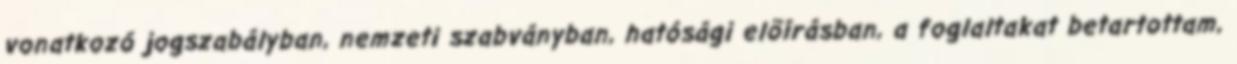
vonatkozó jogszabályban, nemzeti szabványban, hatósági elõírásban, a foglaltakat betartottam,